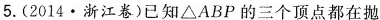
5.(2014·浙江卷)已知△ABP的三个顶点都在抛